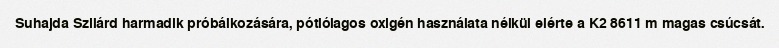
Suhajda Szilárd harmadik próbálkozására, pótlólagos oxigén használata nélkül elérte a K2 8611 m magas csúcsát.